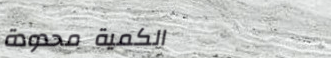
الكمية محدودة